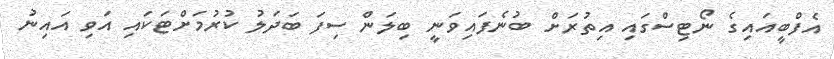
އެފްބީއައިގެ ނޯޓިސްގައި އިތުރަށް ބުނެފައިވަނީ ބިލަން ސިފަ ބަދަލު ކުރުމަށްޓަކައި އަވި އައިނު